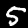
Digit: 5